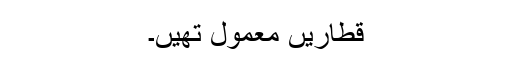
قطاریں معمول تھیں۔